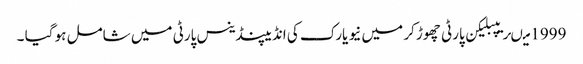
1999 میںریپبلیکن پارٹی چھوڑ کر میں نیو یارک کی انڈیپنڈینس پارٹی میں شامل ہو گیا ۔